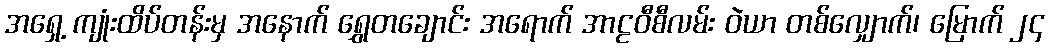
အရှေ့ ကျုံးထိပ်တန်းမှ အနောက် ရွှေတချောင်း အရောက် အာဠဝီစီလမ်း ဝဲယာ တစ်လျှောက်၊ မြောက် ၂၄